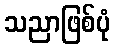
သညာဖြစ်ပုံ